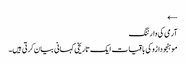
←
آرمی کی وارننگ
موہنجو داڑو کی باقیات ایک تاریخی کہانی بیان کرتی ہیں۔